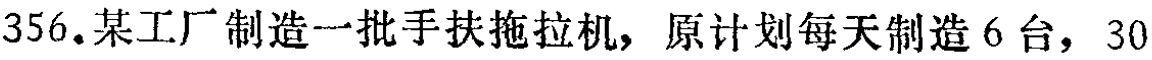
356.某工厂制造一批手扶拖拉机，原计划每天制造 6 台，30